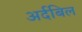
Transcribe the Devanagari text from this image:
अर्दबिल